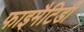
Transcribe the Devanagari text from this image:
फाइमैटिडी